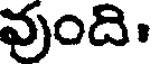
వుంది